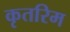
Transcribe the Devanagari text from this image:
कृतरिम